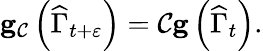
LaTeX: \begin{array}{r}{\mathbf{g}_{\mathcal{C}}\left(\widehat{\Gamma}_{t+\varepsilon}\right)=\mathcal{C}\mathbf{g}\left(\widehat{\Gamma}_{t}\right).}\end{array}